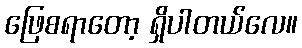
ဖြေစရာတော့ ရှိပါတယ်လေ။